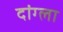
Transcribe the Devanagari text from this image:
दांग्ला